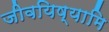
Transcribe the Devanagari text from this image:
जीवयिष्यामि